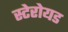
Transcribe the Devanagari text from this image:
स्टेरोयड